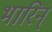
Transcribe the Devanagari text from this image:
भारिन्‌